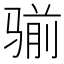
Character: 𩨊